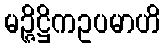
မဉ္ဇိဋ္ဌိကဥပမာဟိ